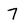
Character: 7